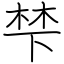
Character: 梺